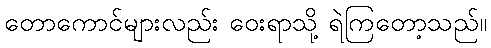
တောကောင်များလည်း ဝေးရာသို့ ရဲကြတော့သည်။